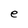
Character: e